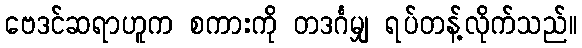
ဗေဒင်ဆရာဟူက စကားကို တဒင်္ဂမျှ ရပ်တန့်လိုက်သည်။